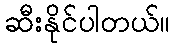
ဆီးနိုင်ပါတယ်။